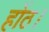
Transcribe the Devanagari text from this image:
होंठ।